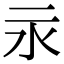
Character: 𣱵